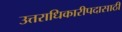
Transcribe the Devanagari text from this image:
उत्तराधिकारीपदासाठी